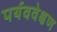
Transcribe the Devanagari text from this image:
पर्यववेक्षण